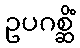
ဥပဂစ္ဆိံ